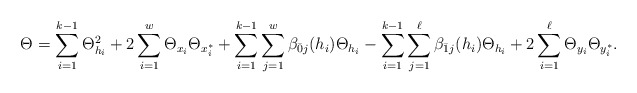
\begin{align*}\Theta_{}=\sum_{i=1}^{k-1}\Theta_{h_i}^2+2\sum_{i=1}^{w}\Theta_{x_i}\Theta_{x^*_i}+\sum_{i=1}^{k-1}\sum_{j=1}^{w}\beta_{\bar0j}(h_i)\Theta_{h_i}-\sum_{i=1}^{k-1}\sum_{j=1}^{\ell}\beta_{\bar1j}(h_i)\Theta_{h_i}+2\sum_{i=1}^{\ell}\Theta_{y_i}\Theta_{y^*_i}.\end{align*}